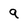
Character: 9